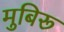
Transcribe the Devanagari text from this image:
मुबिरू